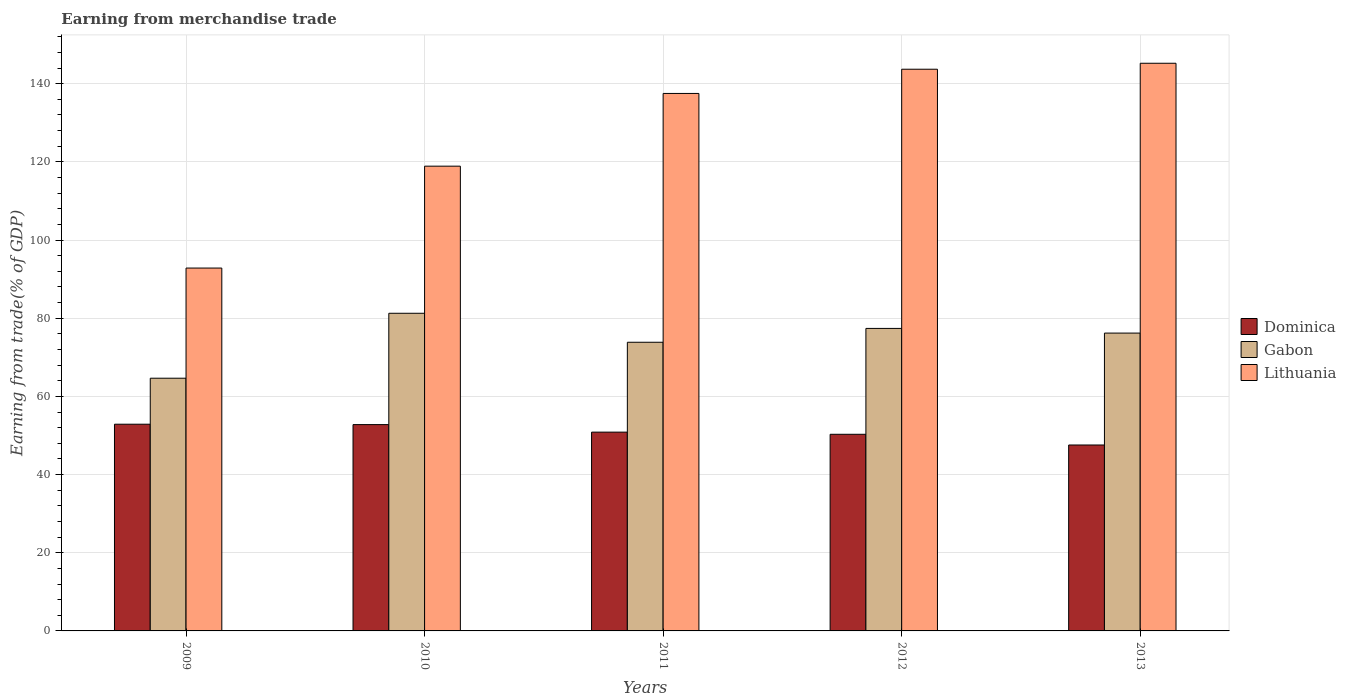
| Years | Dominica | Gabon | Lithuania |
 | --- | --- | --- | --- |
 | 2009 | 52.9 | 64.7 | 92.8 |
 | 2010 | 52.8 | 81.3 | 119 |
 | 2011 | 50.9 | 73.8 | 138 |
 | 2012 | 50.3 | 77.4 | 144 |
 | 2013 | 47.6 | 76.2 | 145 |